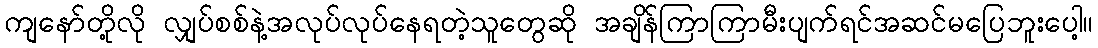
ကျနော်တို့လို လျှပ်စစ်နဲ့အလုပ်လုပ်နေရတဲ့သူတွေဆို အချိန်ကြာကြာမီးပျက်ရင်အဆင်မပြေဘူးပေါ့။